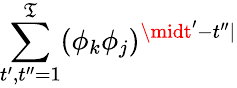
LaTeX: \sum_{t^{\prime},t^{\prime\prime}=1}^{\mathfrak{T}}(\phi_{k}\phi_{j})^{\midt^{\prime}-t^{\prime\prime}\mid}